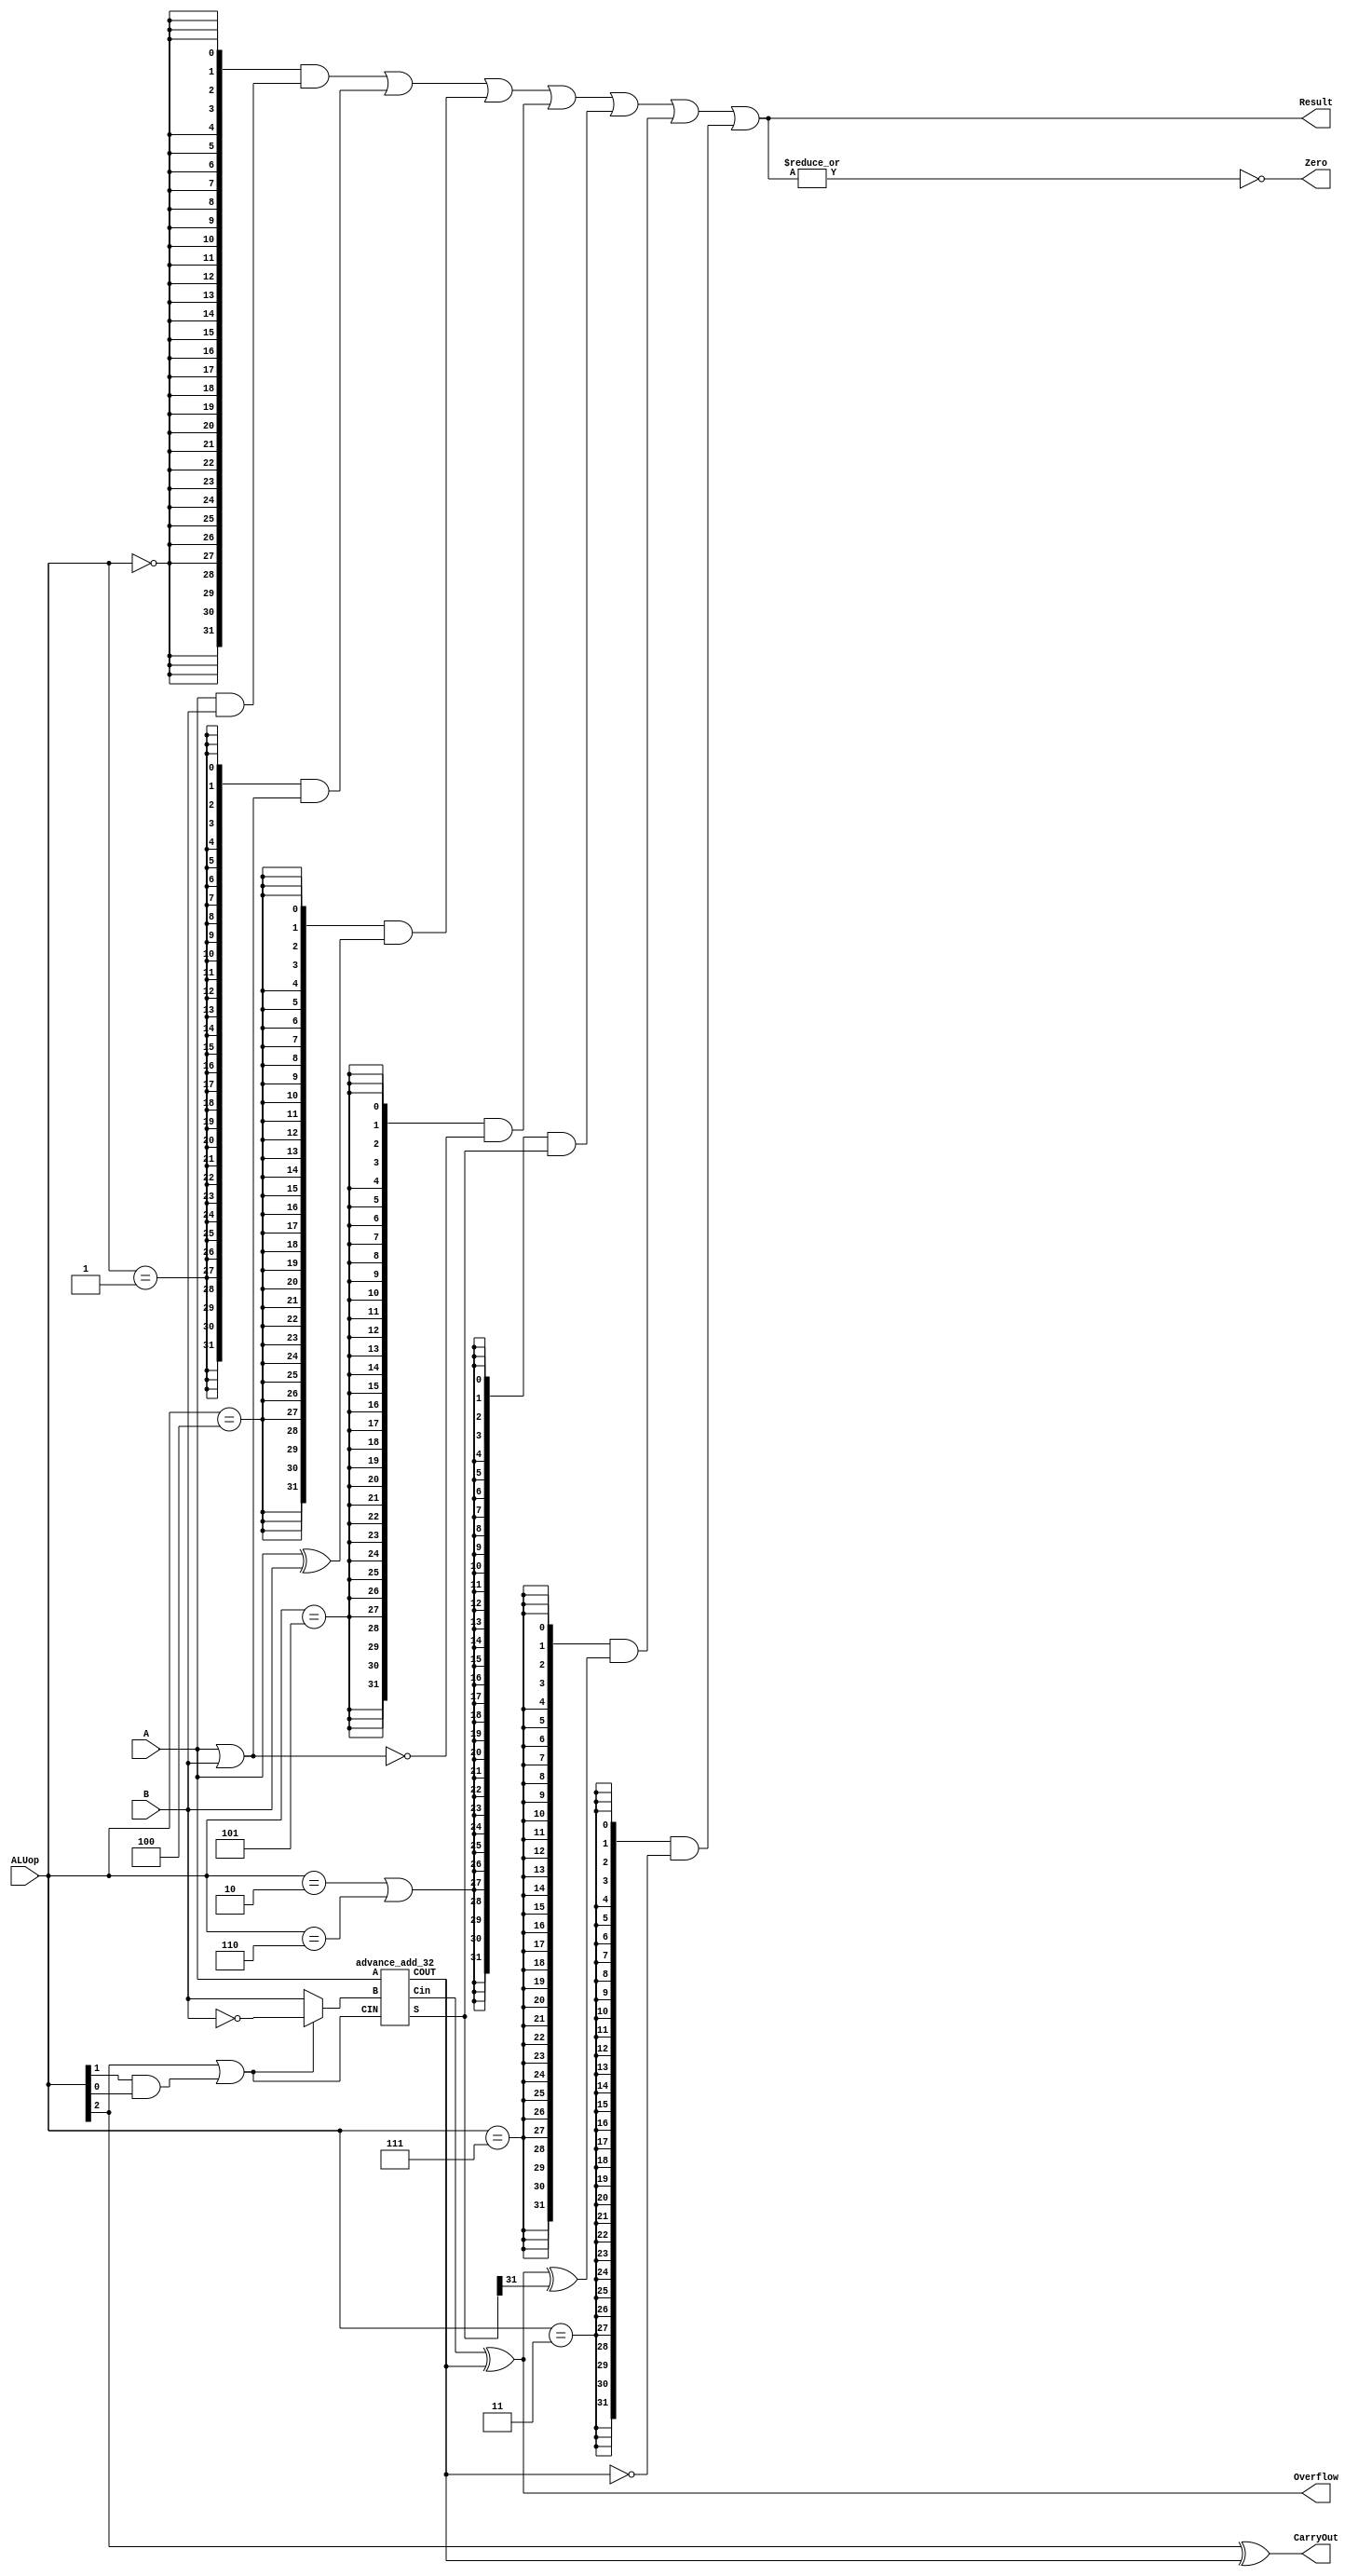
`timescale 10 ns / 1 ns

`define DATA_WIDTH 32

module alu(
	input [`DATA_WIDTH - 1:0] A,
	input [`DATA_WIDTH - 1:0] B,
	input [2:0] ALUop,
	output Overflow,
	output CarryOut,
	output Zero,
	output [`DATA_WIDTH - 1:0] Result
);

//creat wire variables for intermediate results
        wire [`DATA_WIDTH - 1:0] R_AND;
        wire [`DATA_WIDTH - 1:0] R_OR;
        wire [`DATA_WIDTH - 1:0] R_XOR;
	wire [`DATA_WIDTH - 1:0] R_NOR;
    	wire [`DATA_WIDTH - 1:0] R_ADD_SUB;
    	wire [`DATA_WIDTH - 1:0] R_SLT;
	wire [`DATA_WIDTH - 1:0] R_SLTU;
    	wire COUT;
    	wire CIN;
    	wire Cin;
    	wire [`DATA_WIDTH - 1:0] B_ADD_SUB;
	wire Compare;
//ALUop operators
    	parameter AND = 3'b000,
                  OR = 3'b001,
                  ADD = 3'b010,
		  SLTU = 3'b011,
		  XOR = 3'b100,
		  NOR = 3'b101,
                  SUB = 3'b110,
                  SLT = 3'b111;

//determine CIN and B(inverse or not) according to ALOup(SUB && SLT)
    	assign B_ADD_SUB = (ALUop[2] | (ALUop[1] & ALUop[0]) ) ? ~B : B;
    	assign CIN = ALUop[2] | (ALUop[1] & ALUop[0]);
//intermediate result of logic operations
    	assign R_AND = A & B;
    	assign R_OR = A | B;
	assign R_XOR = A ^ B;
	assign R_NOR = ~R_OR;
//instance of 32 bits carry lookahead adders
    	advance_add_32 instance_0(
        	.A(A),
        	.B(B_ADD_SUB),
        	.CIN(CIN),
        	.S(R_ADD_SUB),
        	.COUT(COUT),
		.Cin(Cin)
    	);
//result of intermediate result of SLT(U) opperations
	assign Compare =  Overflow ^ R_ADD_SUB[`DATA_WIDTH - 1];
//ADD or SUB or SLT(U) operations
	assign R_SLT = {31'b0,Compare}; 
	assign R_SLTU = {31'b0,~COUT};

//output
//final result according to ALUop
   	assign Result = ({`DATA_WIDTH{ALUop == AND}} & R_AND) |
			({`DATA_WIDTH{ALUop == OR}} & R_OR) |
			({`DATA_WIDTH{ALUop == XOR}} & R_XOR) |
			({`DATA_WIDTH{ALUop == NOR}} & R_NOR) |
			({`DATA_WIDTH{ALUop == ADD || ALUop == SUB}} & R_ADD_SUB) |
			({`DATA_WIDTH{ALUop == SLT}} & R_SLT) |
			({`DATA_WIDTH{ALUop == SLTU}} & R_SLTU) ;
//signed numbers add & sub operations whether overflow
   	assign Overflow = Cin ^ COUT;
//insigned numbers add & sub operations whether carry or borrow number from sign bit
   	assign CarryOut =  ALUop[2] ^ COUT;
//whether the result is 32'b0
   	assign Zero = ~|Result;
        
endmodule

module advance_add_32(
    input [`DATA_WIDTH - 1:0] A,
    input [`DATA_WIDTH - 1:0] B,
    input CIN,
    output Cin,
    output COUT,
    output [`DATA_WIDTH - 1:0] S  
);
    wire [`DATA_WIDTH:0] cout;
    
    assign cout[0] = CIN;
    
    genvar i;
    generate 
        for(i = 0; i < `DATA_WIDTH; i = i + 1) 
            begin : CLA
                wire p, g;
                assign p = ~A[i] & B[i] | A[i] & ~B[i];
                assign g = A[i] & B[i];
                assign S[i] = ~p & cout[i] | p & ~cout[i];
                assign cout[i + 1] = g | p & cout[i];
            end
    endgenerate 
    
    assign COUT = cout[`DATA_WIDTH];
    assign Cin = cout[`DATA_WIDTH - 1];
endmodule